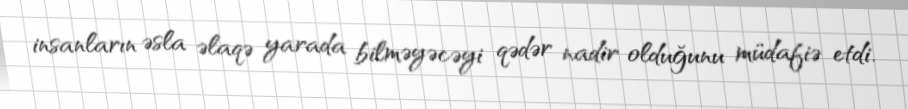
insanların əsla əlaqə yarada bilməyəcəyi qədər nadir olduğunu müdafiə etdi.